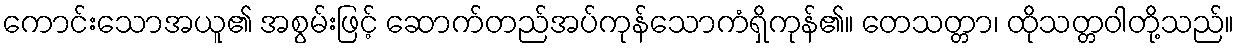
ကောင်းသောအယူ၏ အစွမ်းဖြင့် ဆောက်တည်အပ်ကုန်သောကံရှိကုန်၏။ တေသတ္တာ၊ ထိုသတ္တဝါတို့သည်။